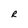
Character: R